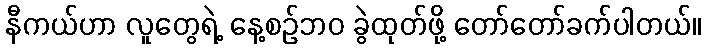
နီကယ်ဟာ လူတွေရဲ့ နေ့စဉ်ဘဝ ခွဲထုတ်ဖို့ တော်တော်ခက်ပါတယ်။